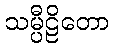
သမ္ပီဠိတော